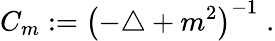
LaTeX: C_{m}:=\left(-\triangle+m^{2}\right)^{-1}\; .